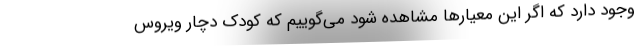
وجود دارد که اگر این معیارها مشاهده شود می‌گوییم که کودک دچار ویروس